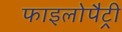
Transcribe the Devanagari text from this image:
फाइलोपैट्री